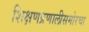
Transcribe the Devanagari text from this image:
शिक्षणप्रणालीसमोरचा